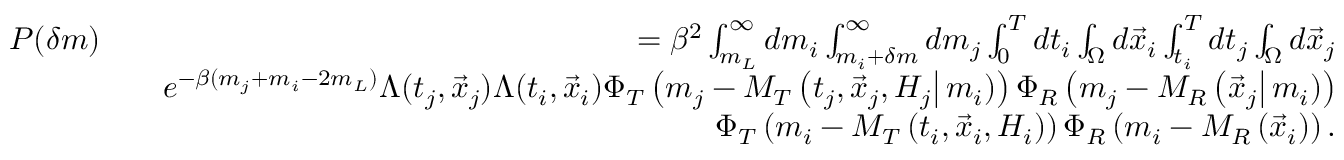
\begin{array} { r l r } { P ( \delta m ) } & { } & { = \beta ^ { 2 } \int _ { m _ { L } } ^ { \infty } d m _ { i } \int _ { m _ { i } + \delta m } ^ { \infty } d m _ { j } \int _ { 0 } ^ { T } d t _ { i } \int _ { \Omega } d \vec { x } _ { i } \int _ { t _ { i } } ^ { T } d t _ { j } \int _ { \Omega } d \vec { x } _ { j } } \\ & { } & { e ^ { - \beta ( m _ { j } + m _ { i } - 2 m _ { L } ) } \Lambda ( t _ { j } , \vec { x } _ { j } ) \Lambda ( t _ { i } , \vec { x } _ { i } ) \Phi _ { T } \left( m _ { j } - M _ { T } \left( t _ { j } , \vec { x } _ { j } , { \cal H } _ { j } \right\vert m _ { i } ) \right) \Phi _ { R } \left( m _ { j } - M _ { R } \left( \vec { x } _ { j } \right\vert m _ { i } ) \right) } \\ & { } & { \Phi _ { T } \left( m _ { i } - M _ { T } \left( t _ { i } , \vec { x } _ { i } , { \cal H } _ { i } \right) \right) \Phi _ { R } \left( m _ { i } - M _ { R } \left( \vec { x } _ { i } \right) \right) . } \end{array}